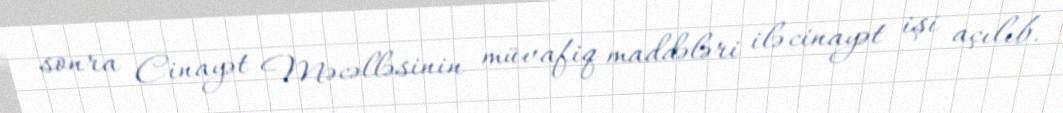
sonra Cinayət Məcəlləsinin müvafiq maddələri ilə cinayət işi açılıb.